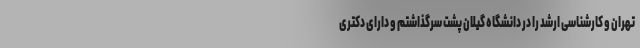
تهران و کارشناسی ارشد را در دانشگاه گیلان پشت سرگذاشتم و دارای دکتری